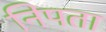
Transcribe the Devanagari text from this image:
निपता